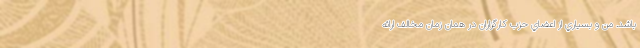
باشد. من و بسياري از اعضاي حزب کارگزاران در همان زمان مخالف ارائه